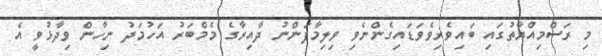
މި ރަސްމިއްޔާތުގައި ބައިވެރިވެވަޑައިގެންނެވި ވިލިމާފަންނު ދާއިރާގެ މެމްބަރު އަހުމަދު ނިހާން ވިދާޅުވީ އެ